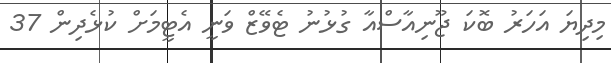
މިދިޔަ އަހަރު ބޮކަ ޖޫނިއާސްއާ ގުޅުނު ޓެވޭޒް ވަނީ އެޓީމަށް ކުޅެދިން 37